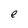
Character: e